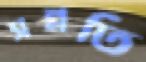
সন্নতি